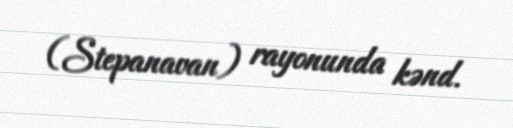
(Stepanavan) rayonunda kənd.